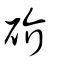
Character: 砎